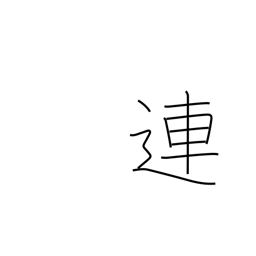
Meaning: connect